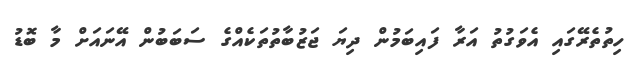
ހިތުތެރޭގައި އެވަގުތު އަރާ ފައިބަމުން ދިޔަ ޖަޒުބާތުތަކެއްގެ ސަބަބުން އޭނައަށް މާ ބޮޑު